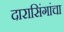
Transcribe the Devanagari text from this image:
दारासिंगांचा